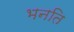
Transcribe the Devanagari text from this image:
भनति